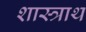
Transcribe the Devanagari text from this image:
शास्त्राथ